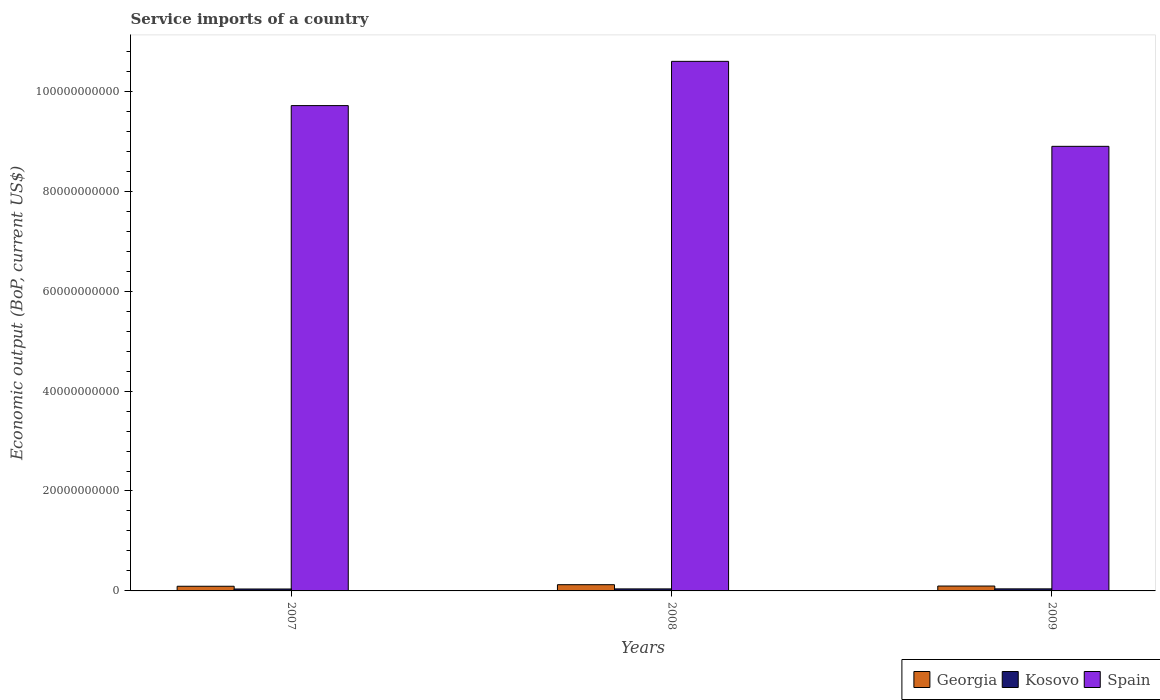
| Years | Georgia | Kosovo | Spain |
 | --- | --- | --- | --- |
 | 2007 | 9.35e+08 | 3.85e+08 | 9.71e+10 |
 | 2008 | 1.25e+09 | 4.06e+08 | 1.06e+11 |
 | 2009 | 9.78e+08 | 4.12e+08 | 8.9e+10 |